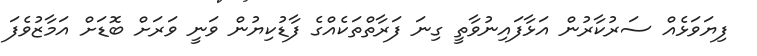
ފިޔަވަޅެއް ސަރުކާރުން އަޅާފައިނުވާތީ ގިނަ ފަރާތްތަކެއްގެ ފާޑުކިޔުން ވަނީ ވަރަށް ބޮޑަށް އަމާޒުވެފަ